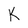
Character: K